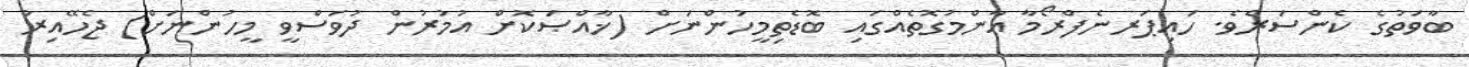
ބާވަތުގެ ކެންސަރެވެ. ހައިޕަރނެފްރޯމާ އާންމުގޮތެއްގައި ބޮޑެތިމީހުންނަށް (ޚާއްޞަކޮށް އުމުރުން ދުވަސްވީ މީހުންނަށް) ޖެހޭއިރު